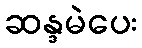
ဆန္ဒမဲပေး